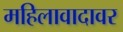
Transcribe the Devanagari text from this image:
महिलावादावर